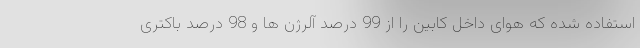
استفاده شده که هوای داخل کابین را از 99 درصد آلرژن ها و 98 درصد باکتری